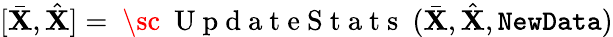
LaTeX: [\bar{\mathbf X},\hat{\mathbf X}]=\mathrm{~\sc~{~U~p~d~a~t~e~S~t~a~t~s~}~}(\bar{\mathbf X},\hat{\mathbf X},\mathtt{NewData})